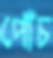
পোঁচ